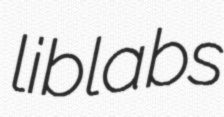
liblabs